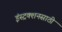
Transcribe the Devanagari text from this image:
इंस्ट्रक्शनसाठी